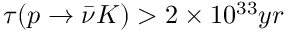
\tau ( p \rightarrow \bar { \nu } K ) > 2 \times 1 0 ^ { 3 3 } y r